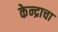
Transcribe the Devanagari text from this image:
केन्द्राचा